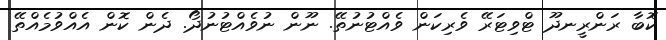
ކޮބާ ރަންރީނދޫ ޓްވިޓަރޭ ވެރިކަން ވެއްޓުނުތޭ. ނޫން ނުވެއްޓުނުދޯ. ދެން ކޮން އެއްވުމެއްތޭ